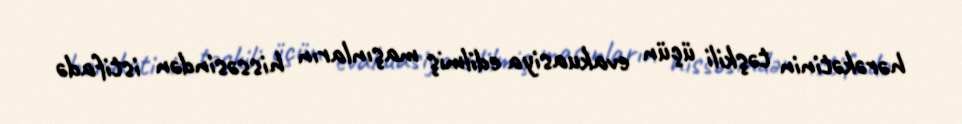
hərəkətinin təşkili üçün evakuasiya edilmiş maşınların hissəsindən istifadə